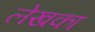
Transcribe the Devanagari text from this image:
लेखका